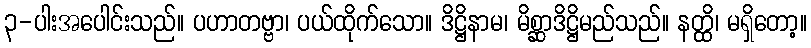
၃-ပါးအပေါင်းသည်။ ပဟာတဗ္ဗာ၊ ပယ်ထိုက်သော။ ဒိဋ္ဌိနာမ၊ မိစ္ဆာဒိဋ္ဌိမည်သည်။ နတ္ထိ၊ မရှိတော့။